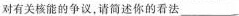
有关核能的争议，请简述你的看法___